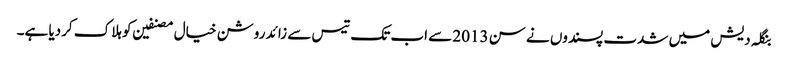
بنگلہ دیش میں شدت پسندوں نے سن 2013 سے اب تک تیس سے زائد روشن خیال مصنفین کو ہلاک کردیا ہے۔